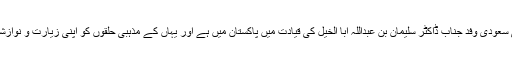
ان دنوں ایک اور اعلیٰ سطحی سعودی وفد جناب ڈاکٹر سلیمان بن عبداللہ ابا الخیل کی قیادت میں پاکستان میں ہے اور یہاں کے مذہبی حلقوں کو اپنی زیارت و نوازشات سے بہرہ ور کر رہا ہے۔